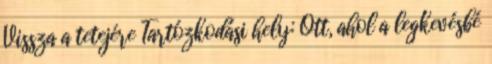
Vissza a tetejére Tartózkodási hely: Ott, ahol a legkevésbé